Civil Veterinary Dept. North-West Frontier Province 1933-46 - 1933-1946
Year: 1933
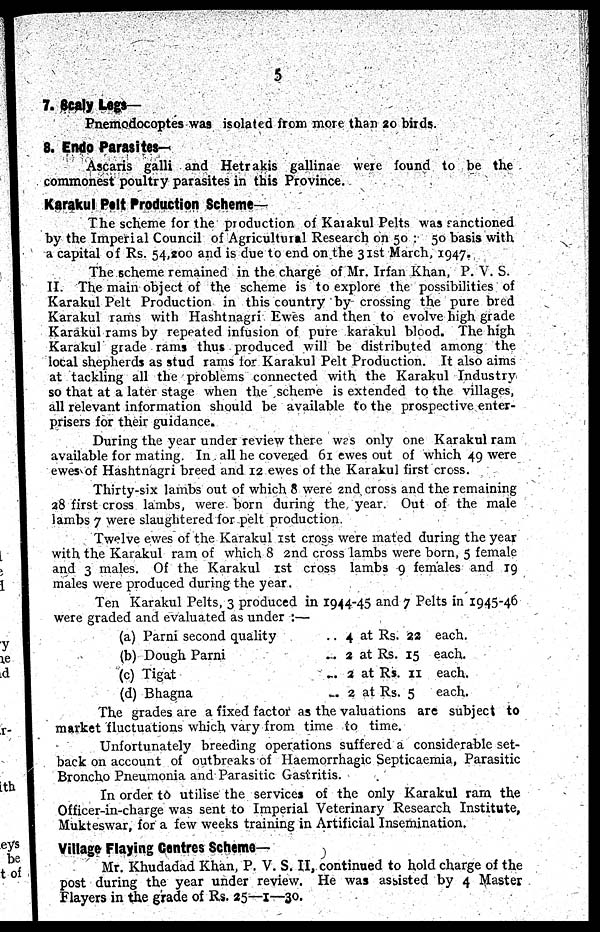
5
7. Scaly Lags—
Pnemodocoptes was isolated from more than 20 birds.
8. Endo Parasites—
Ascaris galli and Hetrakis gallinae were found to be the
commonest poultry parasites in this Province.
Karakul Pelt Production Scheme—
The scheme for the production of Karakul Pelts was sanctioned
by the Imperial Council of Agricultural Research on 50 : 50 basis with
a capital of Rs. 54,200 and is due to end on the 31st March, 1947.
The scheme remained in the charge of Mr. Irfan Khan, P. V. S.
II. The main object of the scheme is to explore the possibilities of
Karakul Pelt Production in this country by crossing the pure bred
Karakul rams with Hashtnagri Ewes and then to evolve high grade
Karakul rams by repeated infusion of pure karakul blood. The high
Karakul grade rams thus produced will be distributed among the
local shepherds as stud rams for Karakul Pelt Production. It also aims
at tackling all the problems connected with the Karakul Industry
so that at a later stage when the scheme is extended to the villages,
all relevant information should be available to the prospective enter-
prisers for their guidance.
During the year under review there was only one Karakul ram
available for mating. In all he covered 61 ewes out of which 49 were
ewes of Hashtnagri breed and 12 ewes of the Karakul first cross.
Thirty-six lambs out of which 8 were 2nd cross and the remaining
28 first cross lambs, were born during the year. Out of the male
lambs 7 were slaughtered for pelt production.
Twelve ewes of the Karakul 1st cross were mated during the year
with the Karakul ram of which 8 2nd cross lambs were born, 5 female
and 3 males. Of the Karakul 1st cross lambs 9 females and 19
males were produced during the year.
Ten Karakul Pelts, 3 produced in 1944-45 and 7 Pelts in 1945-46
were graded and evaluated as under:—
(a) Parni second quality
(b) Dough Parni
(c) Tigat
(d) Bhagna
.. 4 at Rs. 22
.. 2 at Rs. 15
.. 2 at Rs. 11
.. 2 at Rs. 5
each.
each.
each.
each.
The grades are a fixed factor as the valuations are subject to
market fluctuations which vary from time to time.
Unfortunately breeding operations suffered a considerable set-
back on account of outbreaks of Haemorrhagic Septicaemia, Parasitic
Broncho Pneumonia and Parasitic Gastritis.
In order to utilise the services of the only Karakul ram the
Officer-in-charge was sent to Imperial Veterinary Research Institute,
Mukteswar, for a few weeks training in Artificial Insemination.
Village Flaying Centres Scheme—
Mr. Khudadad Khan, P. V. S. II, continued to hold charge of the
post during the year under review. He was assisted by 4 Master
Flayers in the grade of Rs. 25—1—30.